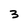
Character: 3